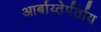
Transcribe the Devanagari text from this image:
आर्बाय्तेर्पर्ताय